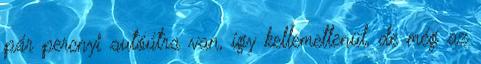
pár percnyi autóútra van, így kellemetlenül, de még az